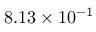
8 . 1 3 \times 1 0 ^ { - 1 }